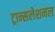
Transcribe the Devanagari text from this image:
ट्रान्सलेशनल